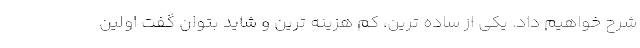
شرح خواهیم داد. یکی از ساده ترین، کم هزینه ترین و شاید بتوان گفت اولین